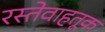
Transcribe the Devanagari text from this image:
रस्तेवाहतूक